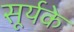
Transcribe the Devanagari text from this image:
सूर्यके